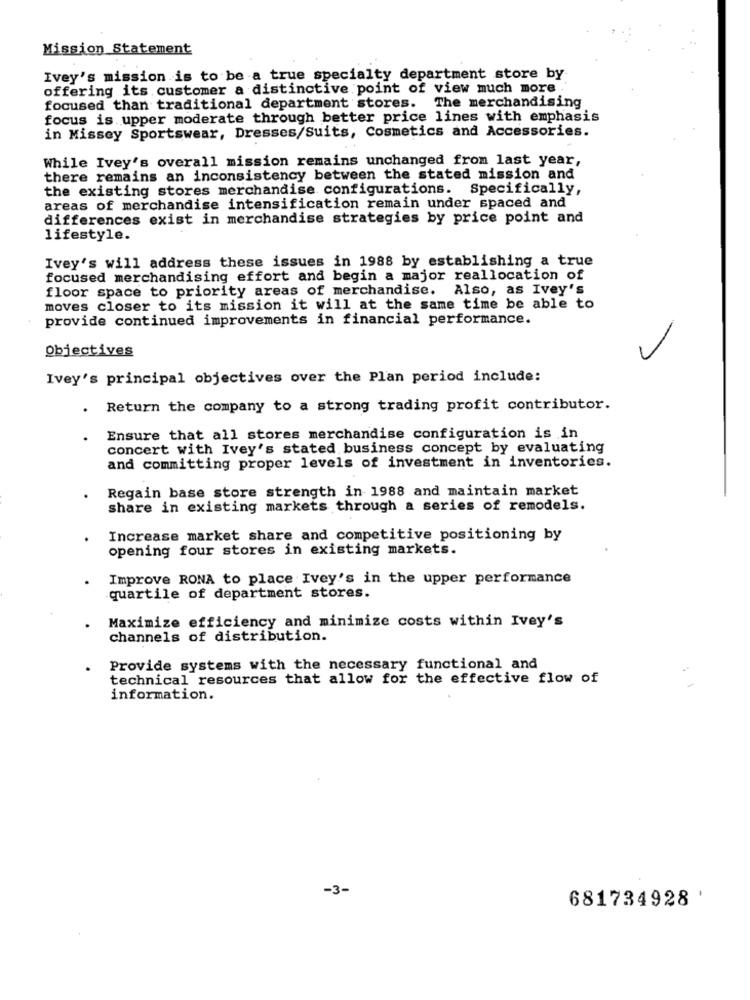
Mission Statement
Ivey's mission is to be a true specialty department store by
offering its customer a distinctive point of view much more
focused than traditional department stores. The merchandising
focus is upper moderate through better price lines with emphasis
in Missey Sportswear, Dresses/Suits, Cosmetics and Accessories.
While Ivey's overall mission remains unchanged from last year,
there remains an inconsistency between the stated mission and
the existing stores merchandise configurations. Specifically,
areas of merchandise intensification remain under spaced and
differences exist in merchandise strategies by price point and
lifestyle.
Ivey's will address these issues in 1988 by establishing a true
focused merchandising effort and begin a major reallocation of
floor space to priority areas of merchandise. Also, as Ivey's
moves closer to its mission it will at the same time be able to
provide continued improvements in financial performance.
objectives
Ivey's principal objectives over the Plan period include:
. Return the company to a strong trading profit contributor.
Ensure that all stores merchandise configuration is in
concert with Ivey's stated business concept by evaluating
and committing proper levels of investment in inventories.
Regain base store strength in 1988 and maintain market
share in existing markets through a series of remodels.
Increase market share and competitive positioning by
opening four stores in existing markets.
Improve RONA to place Ivey's in the upper performance
quartile of department stores.
Maximize efficiency and minimize costs within Ivey's
channels of distribution.
Provide systems with the necessary functional and
technical resources that allow for the effective flow of
information.
-3-
681734928 '